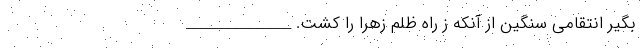
بگیر انتقامی سنگین از آنکه ز راه ظلم زهرا را کشت. _______________